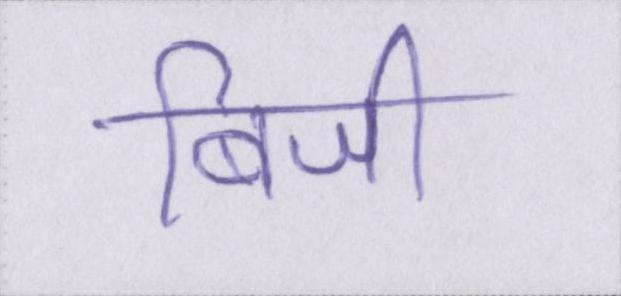
बिजी